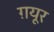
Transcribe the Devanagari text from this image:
ग़यूर